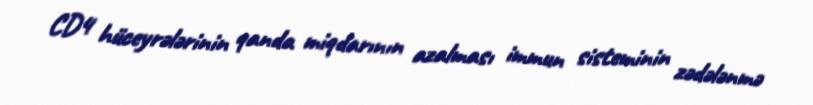
CD4 hüceyrələrinin qanda miqdarının azalması immun sisteminin zədələnmə